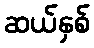
ဆယ်နှစ်